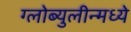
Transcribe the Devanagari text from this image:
ग्लोब्युलीन्मध्ये